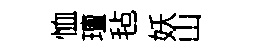
恤璮毡妖山